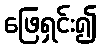
ဖြေရှင်း၍